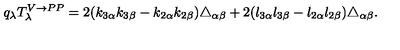
q _ { \lambda } T _ { \lambda } ^ { V \rightarrow P P } = 2 ( k _ { 3 \alpha } k _ { 3 \beta } - k _ { 2 \alpha } k _ { 2 \beta } ) \triangle _ { \alpha \beta } + 2 ( l _ { 3 \alpha } l _ { 3 \beta } - l _ { 2 \alpha } l _ { 2 \beta } ) \triangle _ { \alpha \beta } .